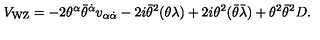
V _ { \mathrm { W Z } } = - 2 \theta ^ { \alpha } \bar { \theta } ^ { \dot { \alpha } } v _ { \alpha \dot { \alpha } } - 2 i \bar { \theta } ^ { 2 } ( \theta \lambda ) + 2 i \theta ^ { 2 } ( \bar { \theta } \bar { \lambda } ) + \theta ^ { 2 } \bar { \theta } ^ { 2 } D .